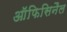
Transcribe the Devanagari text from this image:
ऑफिसिनैल